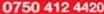
0750 412 4420